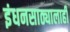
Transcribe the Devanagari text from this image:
इंधनसाठ्यालाही